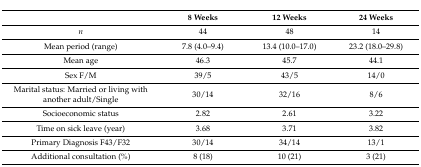
<table><thead><tr><td></td><td><b>8 Weeks</b></td><td><b>12 Weeks</b></td><td><b>24 Weeks</b></td></tr></thead><tbody><tr><td><i>n</i></td><td>44</td><td>48</td><td>14</td></tr><tr><td>Mean period (range)</td><td>7.8 (4.0–9.4)</td><td>13.4 (10.0–17.0)</td><td>23.2 (18.0–29.8)</td></tr><tr><td>Mean age</td><td>46.3</td><td>45.7</td><td>44.1</td></tr><tr><td>Sex F/M</td><td>39/5</td><td>43/5</td><td>14/0</td></tr><tr><td>Marital status: Married or living with another adult/Single</td><td>30/14</td><td>32/16</td><td>8/6</td></tr><tr><td>Socioeconomic status</td><td>2.82</td><td>2.61</td><td>3.22</td></tr><tr><td>Time on sick leave (year)</td><td>3.68</td><td>3.71</td><td>3.82</td></tr><tr><td>Primary Diagnosis F43/F32</td><td>30/14</td><td>34/14</td><td>13/1</td></tr><tr><td>Additional consultation (%)</td><td>8 (18)</td><td>10 (21)</td><td>3 (21)</td></tr></tbody></table>